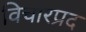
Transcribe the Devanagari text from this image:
विचारप्रद